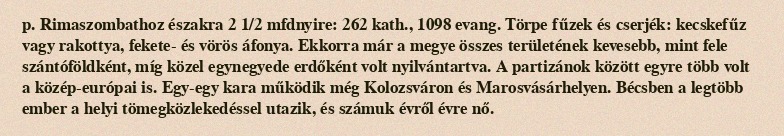
p. Rimaszombathoz északra 2 1/2 mfdnyire: 262 kath., 1098 evang. Törpe fűzek és cserjék: kecskefűz vagy rakottya, fekete- és vörös áfonya. Ekkorra már a megye összes területének kevesebb, mint fele szántóföldként, míg közel egynegyede erdőként volt nyilvántartva. A partizánok között egyre több volt a közép-európai is. Egy-egy kara működik még Kolozsváron és Marosvásárhelyen. Bécsben a legtöbb ember a helyi tömegközlekedéssel utazik, és számuk évről évre nő.